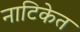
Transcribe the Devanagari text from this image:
नाटिकेत